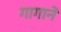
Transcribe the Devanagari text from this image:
गागाने